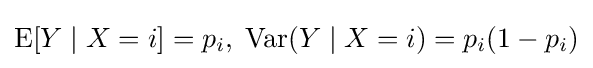
\operatorname {E} [Y\mid X=i]=p_{i},\;\operatorname {Var} (Y\mid X=i)=p_{i}(1-p_{i})